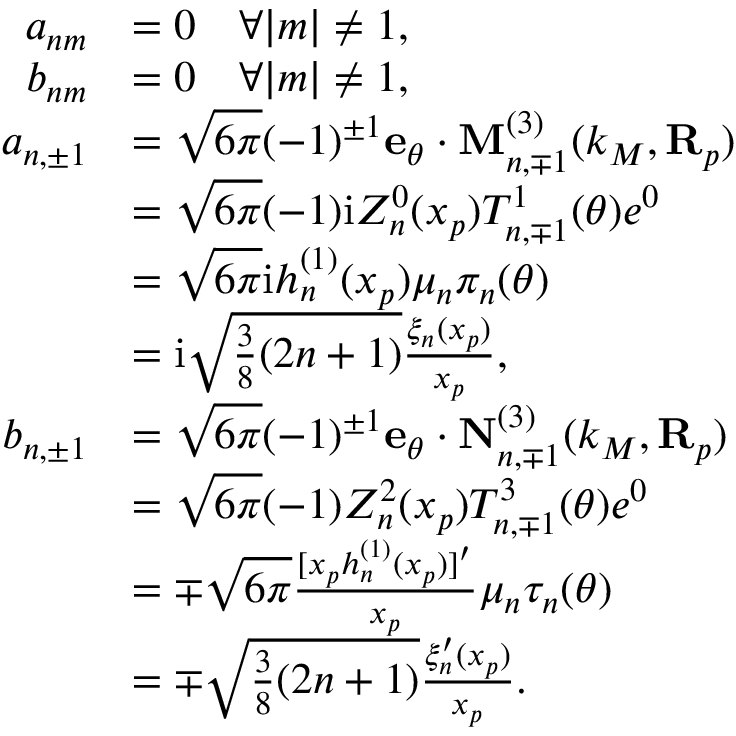
\begin{array} { r l } { a _ { n m } } & { = 0 \quad \forall | m | \neq 1 , } \\ { b _ { n m } } & { = 0 \quad \forall | m | \neq 1 , } \\ { a _ { n , \pm 1 } } & { = \sqrt { 6 \pi } ( - 1 ) ^ { \pm 1 } \mathbf { e } _ { \theta } \cdot \mathbf { M } _ { n , \mp 1 } ^ { ( 3 ) } ( k _ { M } , \mathbf { R } _ { p } ) } \\ & { = \sqrt { 6 \pi } ( - 1 ) \mathrm { i } Z _ { n } ^ { 0 } ( x _ { p } ) T _ { n , \mp 1 } ^ { 1 } ( \theta ) e ^ { 0 } } \\ & { = \sqrt { 6 \pi } \mathrm { i } h _ { n } ^ { ( 1 ) } ( x _ { p } ) \mu _ { n } \pi _ { n } ( \theta ) } \\ & { = \mathrm { i } \sqrt { \frac { 3 } { 8 } ( 2 n + 1 ) } \frac { \xi _ { n } ( x _ { p } ) } { x _ { p } } , } \\ { b _ { n , \pm 1 } } & { = \sqrt { 6 \pi } ( - 1 ) ^ { \pm 1 } \mathbf { e } _ { \theta } \cdot \mathbf { N } _ { n , \mp 1 } ^ { ( 3 ) } ( k _ { M } , \mathbf { R } _ { p } ) } \\ & { = \sqrt { 6 \pi } ( - 1 ) Z _ { n } ^ { 2 } ( x _ { p } ) T _ { n , \mp 1 } ^ { 3 } ( \theta ) e ^ { 0 } } \\ & { = \mp \sqrt { 6 \pi } \frac { [ x _ { p } h _ { n } ^ { ( 1 ) } ( x _ { p } ) ] ^ { \prime } } { x _ { p } } \mu _ { n } \tau _ { n } ( \theta ) } \\ & { = \mp \sqrt { \frac { 3 } { 8 } ( 2 n + 1 ) } \frac { \xi _ { n } ^ { \prime } ( x _ { p } ) } { x _ { p } } . } \end{array}